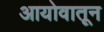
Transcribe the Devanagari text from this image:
आयोवातून